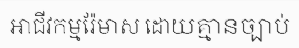
អាជីវកម្មរ៉ែមាស ដោយគ្មានច្បាប់